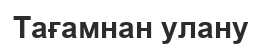
Тағамнан улану